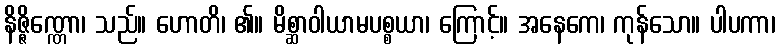
နိဇ္ဇိဏ္ဏော၊ သည်။ ဟောတိ၊ ၏။ မိစ္ဆာဝါယာမပစ္စယာ၊ ကြောင့်။ အနေကေ၊ ကုန်သော။ ပါပကာ၊